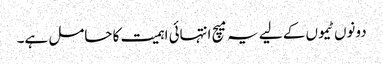
دونوں ٹیموں کے لیے یہ میچ انتہائی اہمیت کا حامل ہے۔